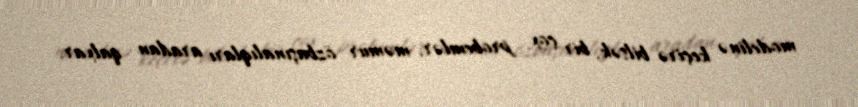
modelinə keçirə bilsək, bir çox probemlər, məmur özbaşınalıqları aradan qalxar.